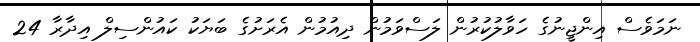
ނަމަވެސް އިންޖީނުގެ ހަވާލުކުރުން ލަސްވަމުން ދިއުމުން އެރަށުގެ ބަޔަކު ކައުންސިލް އިދާރާ 24